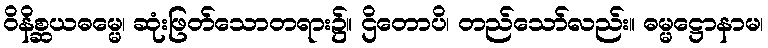
ဝိနိစ္ဆယဓမ္မေ၊ ဆုံးဖြတ်သောတရား၌။ ဌိတောပိ၊ တည်သော်လည်း။ ဓမ္မဋ္ဌောနာမ၊